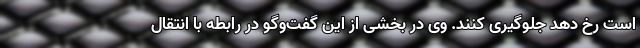
است رخ دهد جلوگیری کنند. وی در بخشی از این گفت‌وگو در رابطه با انتقال